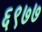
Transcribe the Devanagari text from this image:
६९७७